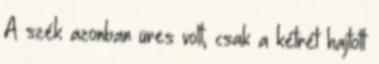
A szék azonban üres volt, csak a kétrét hajtott